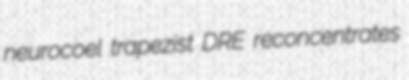
neurocoel trapezist DRE reconcentrates